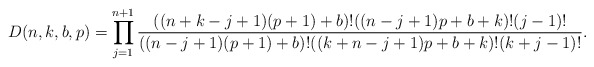
\begin{gather*}D(n,k,b,p)=\prod_{j=1}^{n+1} {((n+k-j+1)(p+1)+b ) ! ((n-j+1)p+b+k ) ! (j-1) ! \over ((n-j+1)(p+1)+b )! ((k+n-j+1)p+b+k)! (k+j-1)! }.\end{gather*}